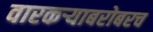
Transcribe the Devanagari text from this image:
वारकऱ्याबरोबरच